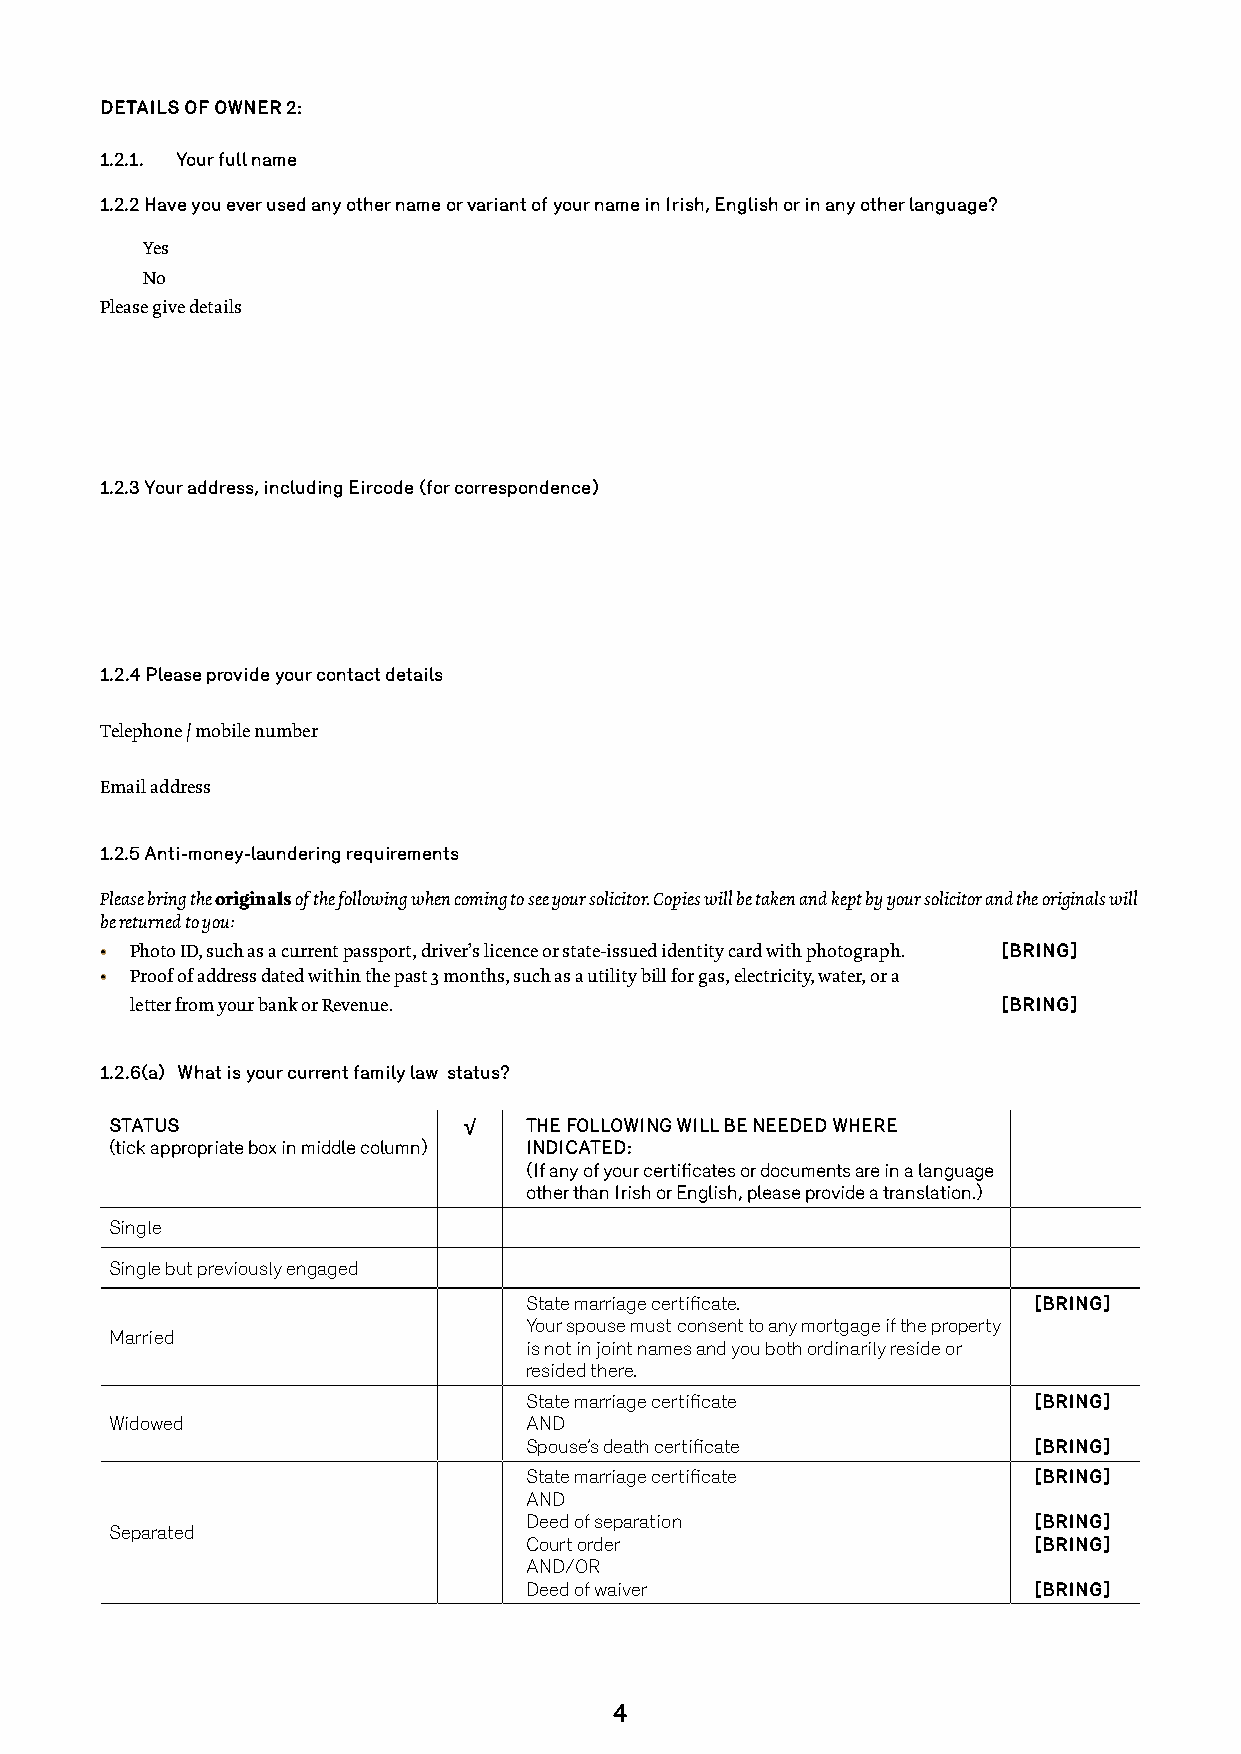
DETAILS OF OWNER 2:
 1.2.1. Your full name
 1.2.2 Have you ever used any other name or variant of your name in Irish, English or in any other language?
 Yes
 No
 Please give details
 1.2.3 Your address, including Eircode (for correspondence)
 1.2.4 Please provide your contact details
 Telephone / mobile number
 Email address
 1.2.5 Anti-money-laundering requirements
 Please bring the originals of the following when coming to see your solicitor. Copies will be taken and kept by your solicitor and the originals will
 be returned to you:
 • Photo ID, such as a current passport, driver’s licence or state-issued identity card with photograph. [BRING]
 • Proof of address dated within the past 3 months, such as a utility bill for gas, electricity, water, or a
 letter from your bank or Revenue.                        [BRING]
 1.2.6(a) What is your current family law status?
 STATUS                  √   THE FOLLOWING WILL BE NEEDED WHERE
 (tick appropriate box in middle column) INDICATED:
 (If any of your certificates or documents are in a language
 other than Irish or English, please provide a translation.)
 Single
 Single but previously engaged
 State marriage certificate.      [BRING]
 Your spouse must consent to any mortgage if the property
 Married
 is not in joint names and you both ordinarily reside or
 resided there.
 State marriage certificate       [BRING]
 Widowed                     AND
 Spouse’s death certificate       [BRING]
 State marriage certificate       [BRING]
 AND
 Deed of separation               [BRING]
 Separated
 Court order                      [BRING]
 AND/OR
 Deed of waiver                   [BRING]
 4